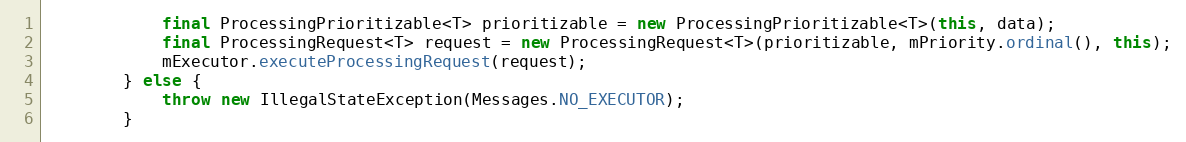
Language: Java
            final ProcessingPrioritizable<T> prioritizable = new ProcessingPrioritizable<T>(this, data);
            final ProcessingRequest<T> request = new ProcessingRequest<T>(prioritizable, mPriority.ordinal(), this);
            mExecutor.executeProcessingRequest(request);
        } else {
            throw new IllegalStateException(Messages.NO_EXECUTOR);
        }